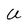
Character: U